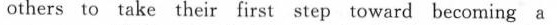
others to take their first step oward becoming a